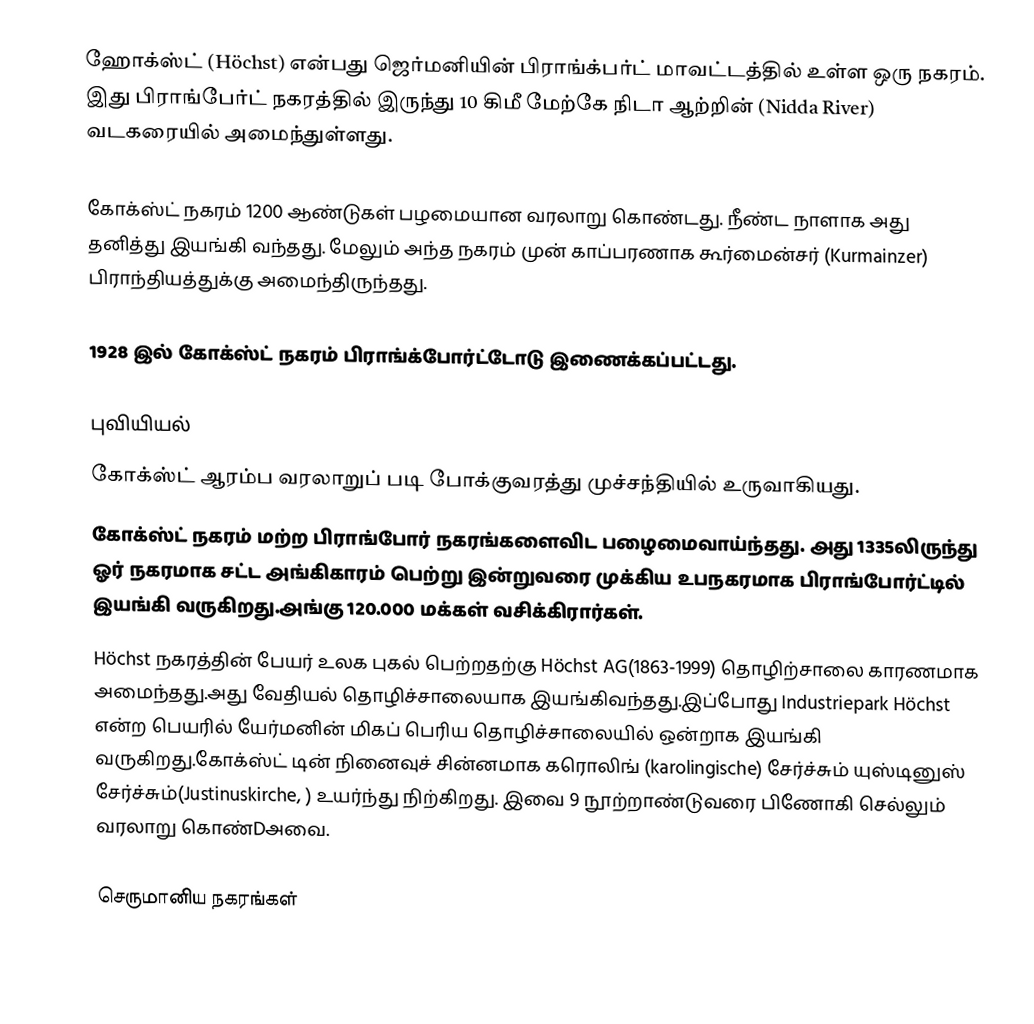
ஹோக்ஸ்ட் (Höchst) என்பது ஜெர்மனியின் பிராங்க்பர்ட் மாவட்டத்தில் உள்ள ஒரு நகரம். இது பிராங்பேர்ட் நகரத்தில் இருந்து 10 கிமீ மேற்கே நிடா ஆற்றின் (Nidda River) வடகரையில் அமைந்துள்ளது.

கோக்ஸ்ட் நகரம் 1200 ஆண்டுகள் பழமையான வரலாறு கொண்டது. நீண்ட நாளாக அது தனித்து இயங்கி வந்தது. மேலும் அந்த நகரம் முன் காப்பரணாக கூர்மைன்சர் (Kurmainzer) பிராந்தியத்துக்கு அமைந்திருந்தது.

1928 இல் கோக்ஸ்ட் நகரம் பிராங்க்போர்ட்டோடு இணைக்கப்பட்டது.

புவியியல்
கோக்ஸ்ட் ஆரம்ப வரலாறுப் படி போக்குவரத்து முச்சந்தியில் உருவாகியது.
கோக்ஸ்ட் நகரம் மற்ற பிராங்போர் நகரங்களைவிட பழைமைவாய்ந்தது. அது 1335லிருந்து ஓர் நகரமாக சட்ட அங்கிகாரம் பெற்று இன்றுவரை முக்கிய உபநகரமாக பிராங்போர்ட்டில் இயங்கி வருகிறது.அங்கு 120.000 மக்கள் வசிக்கிரார்கள்.
Höchst நகரத்தின் பேயர் உலக புகல் பெற்றதற்கு Höchst AG(1863-1999) தொழிற்சாலை காரணமாக அமைந்தது.அது வேதியல் தொழிச்சாலையாக இயங்கிவந்தது.இப்போது Industriepark Höchst என்ற பெயரில் யேர்மனின் மிகப் பெரிய தொழிச்சாலையில் ஒன்றாக இயங்கி வருகிறது.கோக்ஸ்ட் டின் நினைவுச் சின்னமாக கரொலிங் (karolingische) சேர்ச்சும் யுஸ்டினுஸ் சேர்ச்சும்(Justinuskirche, ) உயர்ந்து நிற்கிறது. இவை 9 நூற்றாண்டுவரை பிணோகி செல்லும் வரலாறு கொண்Dஅவை.

செருமானிய நகரங்கள்